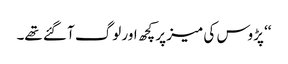
‘‘ پڑوس کی میز پر کچھ اور لوگ آ گئے تھے۔